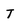
Character: T